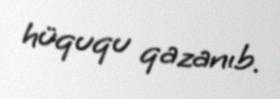
hüququ qazanıb.